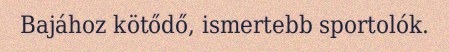
Bajához kötődő, ismertebb sportolók.